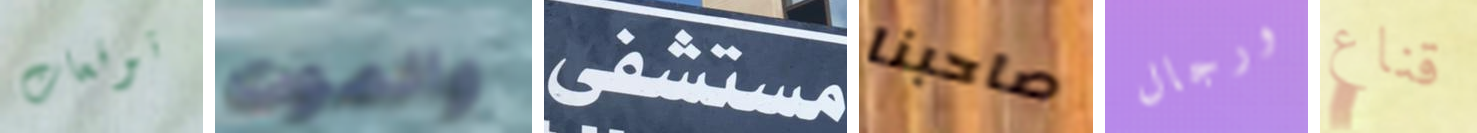
توقعات والموت مستشفى صاحبنا ورجال قناع